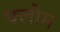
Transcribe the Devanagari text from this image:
फ्लोम